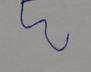
Signature authenticity: forged